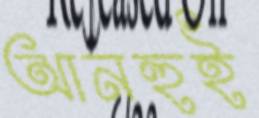
আনহুই